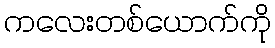
ကလေးတစ်ယောက်ကို